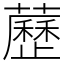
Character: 藶